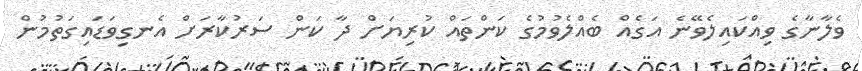
ވެލާނާގެ ވިއްކައިލެވޭނެ އަގެއް ބެއްލެވުމުގެ ކަންތައް ކުރިޔަށް ދާ ކަން ސަރުކާރަށް އެނގިވަޑައިގަތުމުން